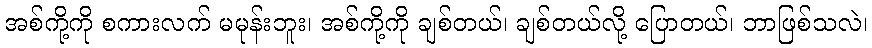
အစ်ကို့ကို စကားလက် မမုန်းဘူး၊ အစ်ကို့ကို ချစ်တယ်၊ ချစ်တယ်လို့ ပြောတယ်၊ ဘာဖြစ်သလဲ၊